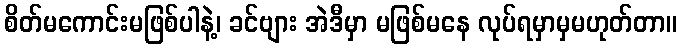
စိတ်မကောင်းမဖြစ်ပါနဲ့၊ ခင်ဗျား အဲဒီမှာ မဖြစ်မနေ လုပ်ရမှာမှမဟုတ်တာ။